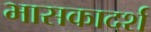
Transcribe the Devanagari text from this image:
भासकादर्श